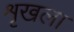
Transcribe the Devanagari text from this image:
शृखला